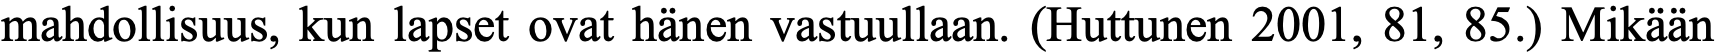
mahdollisuus, kun lapset ovat hänen vastuullaan. (Huttunen 2001, 81, 85.) Mikään